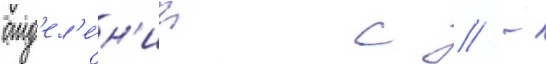
отд'ел'е́н'ии с // -